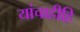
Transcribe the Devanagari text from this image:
यांचाहीहि